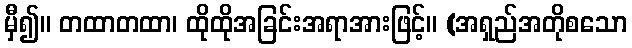
မှီ၍။ တထာတထာ၊ ထိုထိုအခြင်းအရာအားဖြင့်။ (အရှည်အတိုစသော